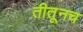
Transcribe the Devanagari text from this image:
तीतूनच